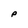
Character: P